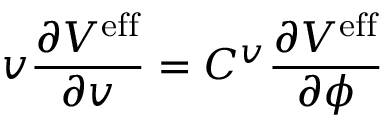
v \frac { \partial V ^ { \mathrm { e f f } } } { \partial v } = C ^ { v } \frac { \partial V ^ { \mathrm { e f f } } } { \partial \phi }